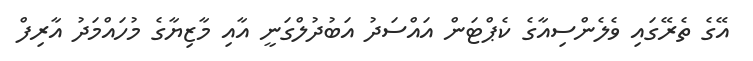
އޭގެ ތެރޭގައި ވެލެންސިއާގެ ކެޕްޓަން އައްސަދު އަބުދުލްގަނީ އާއި މާޒިޔާގެ މުހައްމަދު އާރިފް